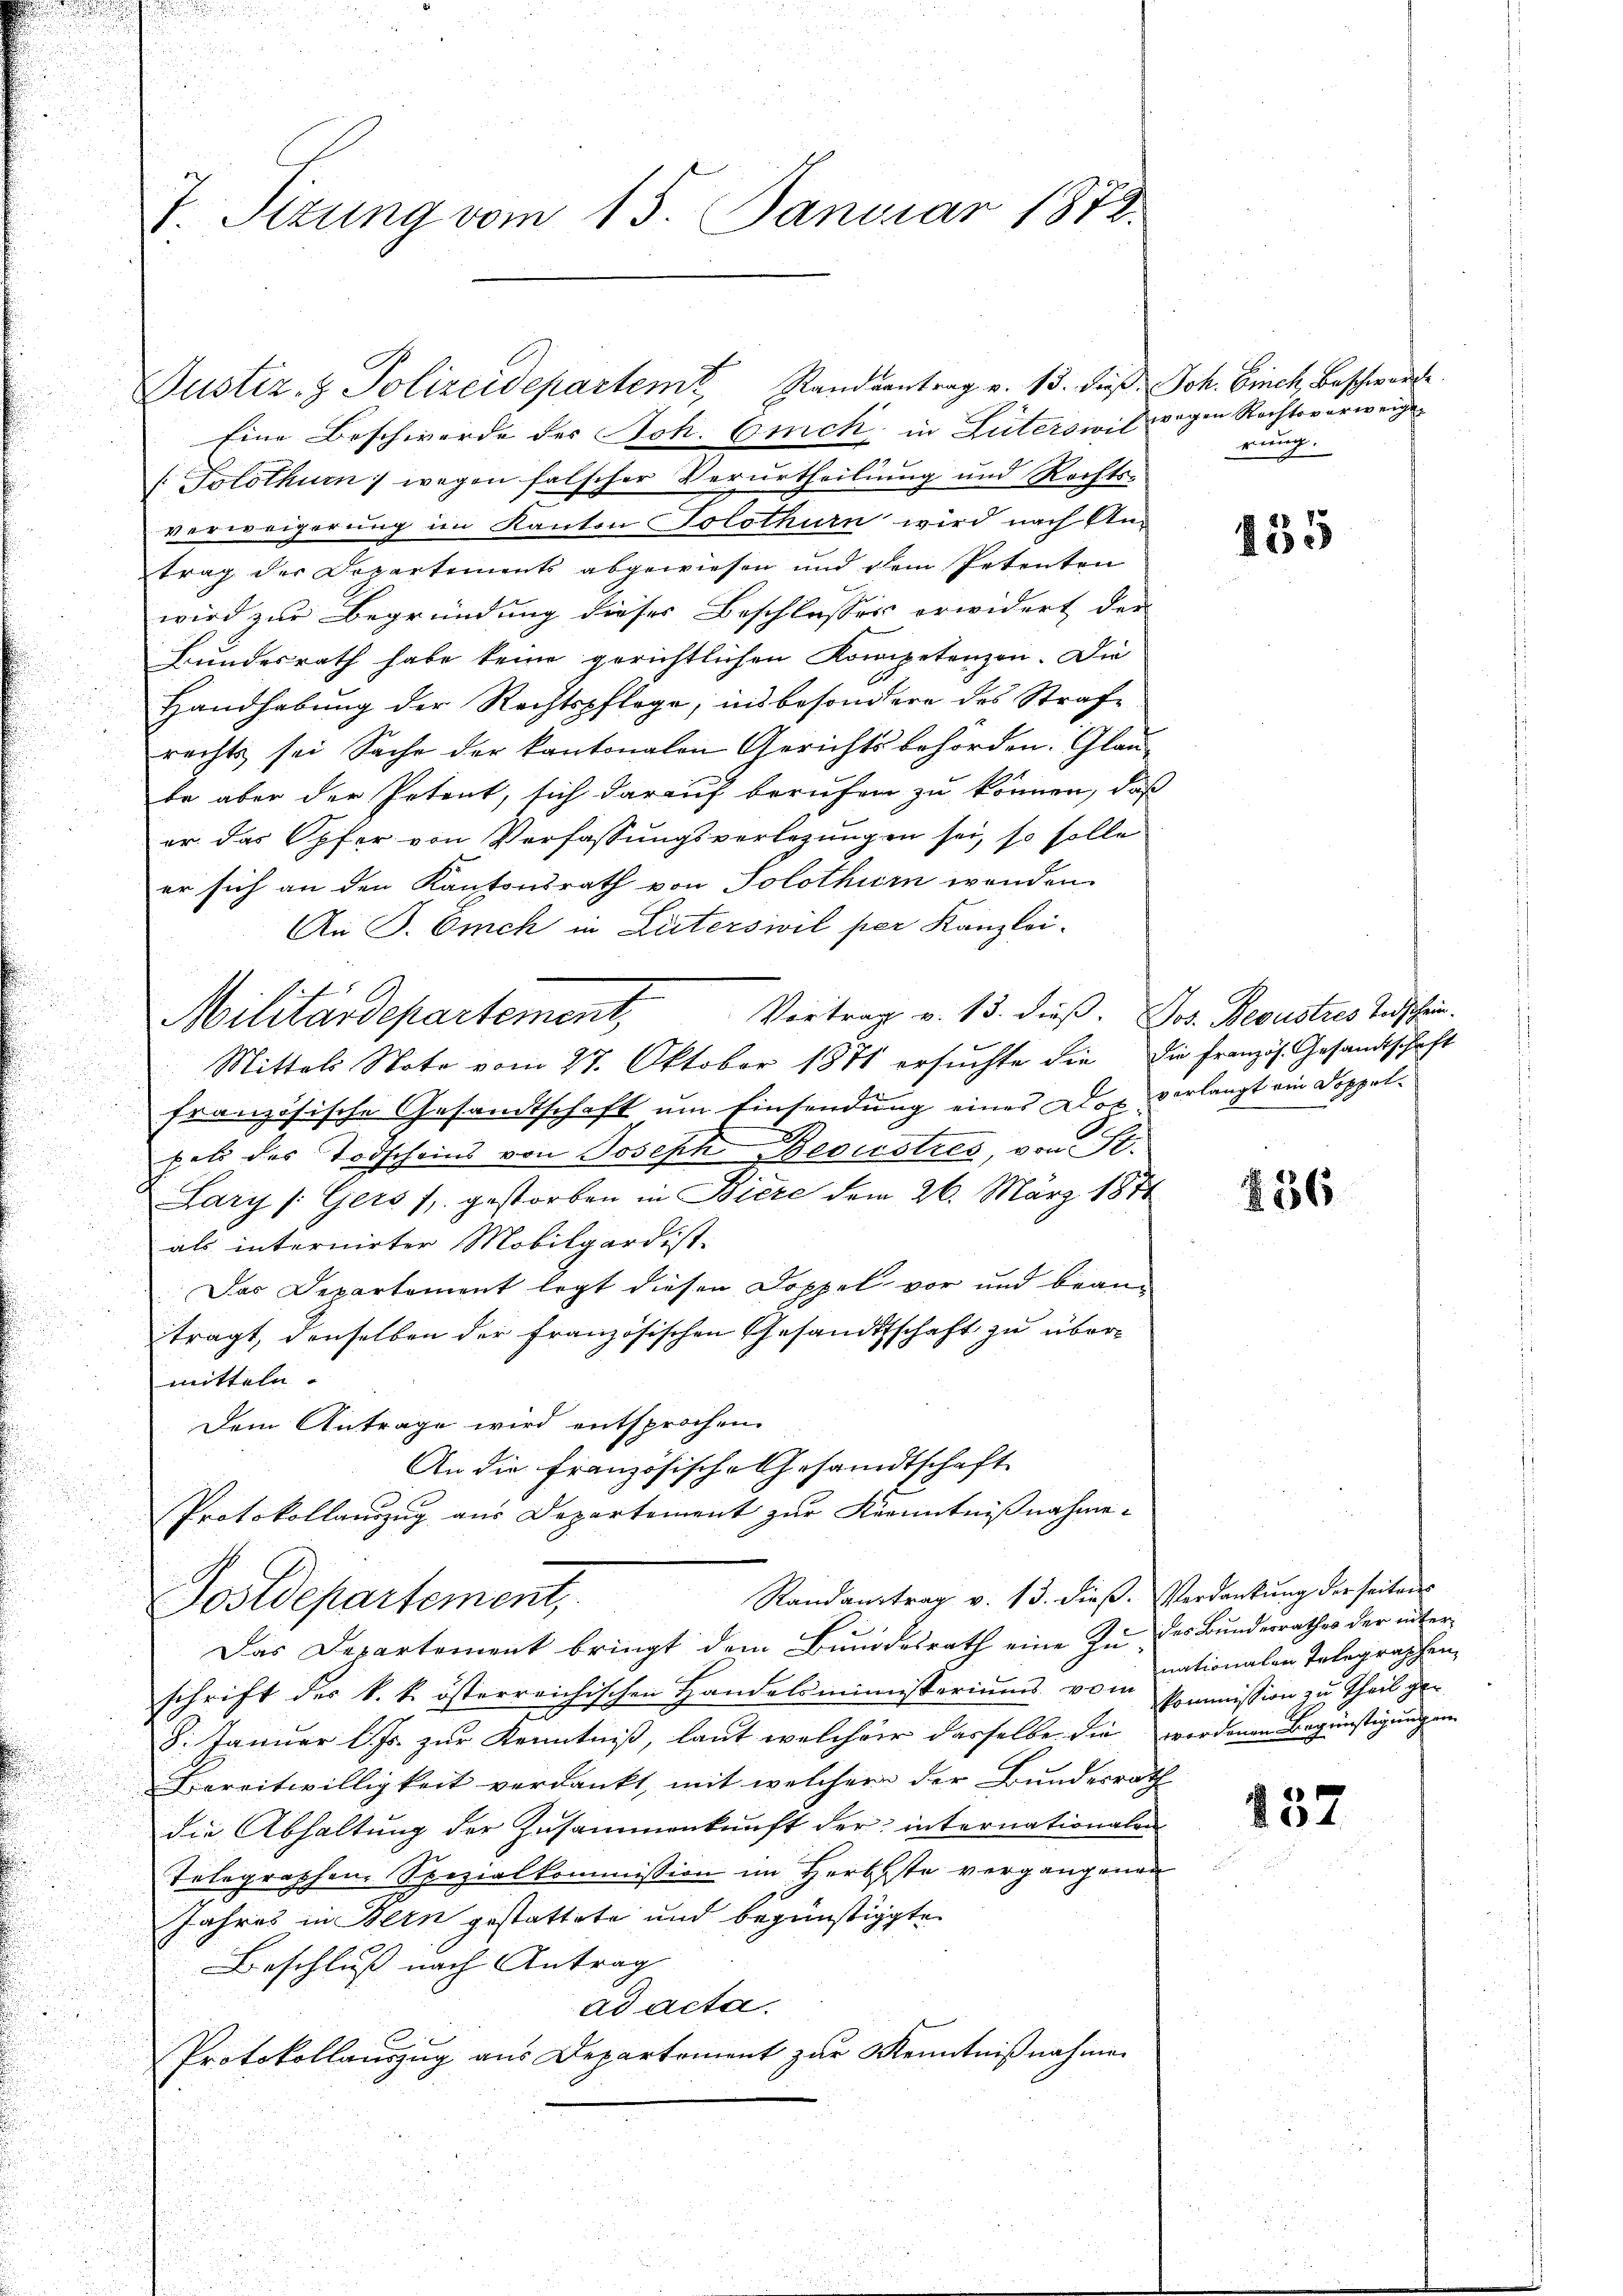
.

J. Situng vom 15. Januar 1872.

Justiz- & Polizeidepartemt, Randsantrag v. 13. dieß Joh. Einch, Beschwerde

Randantrag v. 13. dieβ. Verdankŭng der seiten
Postdepartement,

Eine Beschwerde der Joh. Erich in Luterswil gegen Rechtsverweiger
Tolothur wegen falscher Verurtheilung und Rechts-
verweigerung im Kanton Solothurn wird nach An-
trag der Departements abgewiesen und dem Petenten
wird zur Begründung dieses Beschlusses erwidert der
Bundesrath habe keine gerichtlichen Korripetenzen. Die
Handhabung der Rechtspflege, insbesondere des Strafe
rechts sei Sache der kantonalen Gerichtsbehörden. Glaube aber der Petent, sich darauf berufen zu können, daß
er das Opfer von Verfassungsverlegungen sei, so solle
er sich an den Kantonsrath von Solothur wenden.
An P. Omch in Leiterswil per Kanzlei-
Vortrag v. 13. dieß. Jos. Bewustres Todschein.
Militärdepartement,
Mittels Note vom 27. Oktober 1871 ersuchte die die französ. Gesandtschaft
französische Gesandtschaft um Einsendung eines Dor verlangt ein Doppel¬
.
pel des Todscheins von Joseph Beoustres, von St.
.
Lary /:Gers s. gestorben in Biere dem 26. März 1874
als internirter Mobilgardist.
Das Departement legt diesen Doppel vor und bean-
tragt, denselben der französischen Gesandtschaft zu übermitteln.
Dem Antrage wird entsprochen.
An die Französische Gesandtschaft
Protokollauszug aus Departement zur Kenntnißnahme.

rung.

Das Departement bringt dem Bundesrath eine Zu des Bundesrathes der interschrift der k. k. österreichischen Handelsminispariŭms vom rationalen Telegraphen
t
8. Januar l. Js. zur Kenntniß, laut welcher dasselbe die werdenen Begünstigungen
Bereitwilligkeit verdankt, mit welcher der Bundesrath
die Abhaltung der Zusammenkunft der internationalen
Telegraphen Spezialkommission im Herbsste vergangenen
Jahres in Bern gestattete und begünstigte
Beschluß nach Antrag
ad acta.
Protokollauszug aus Departement zur Kenntnißnahmen

435

836

kommission zu theil gen

137